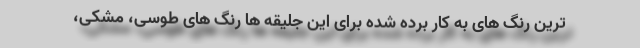
ترین رنگ های به کار برده شده برای این جلیقه ها رنگ های طوسی، مشکی،